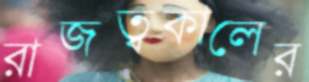
রাজত্বকালের